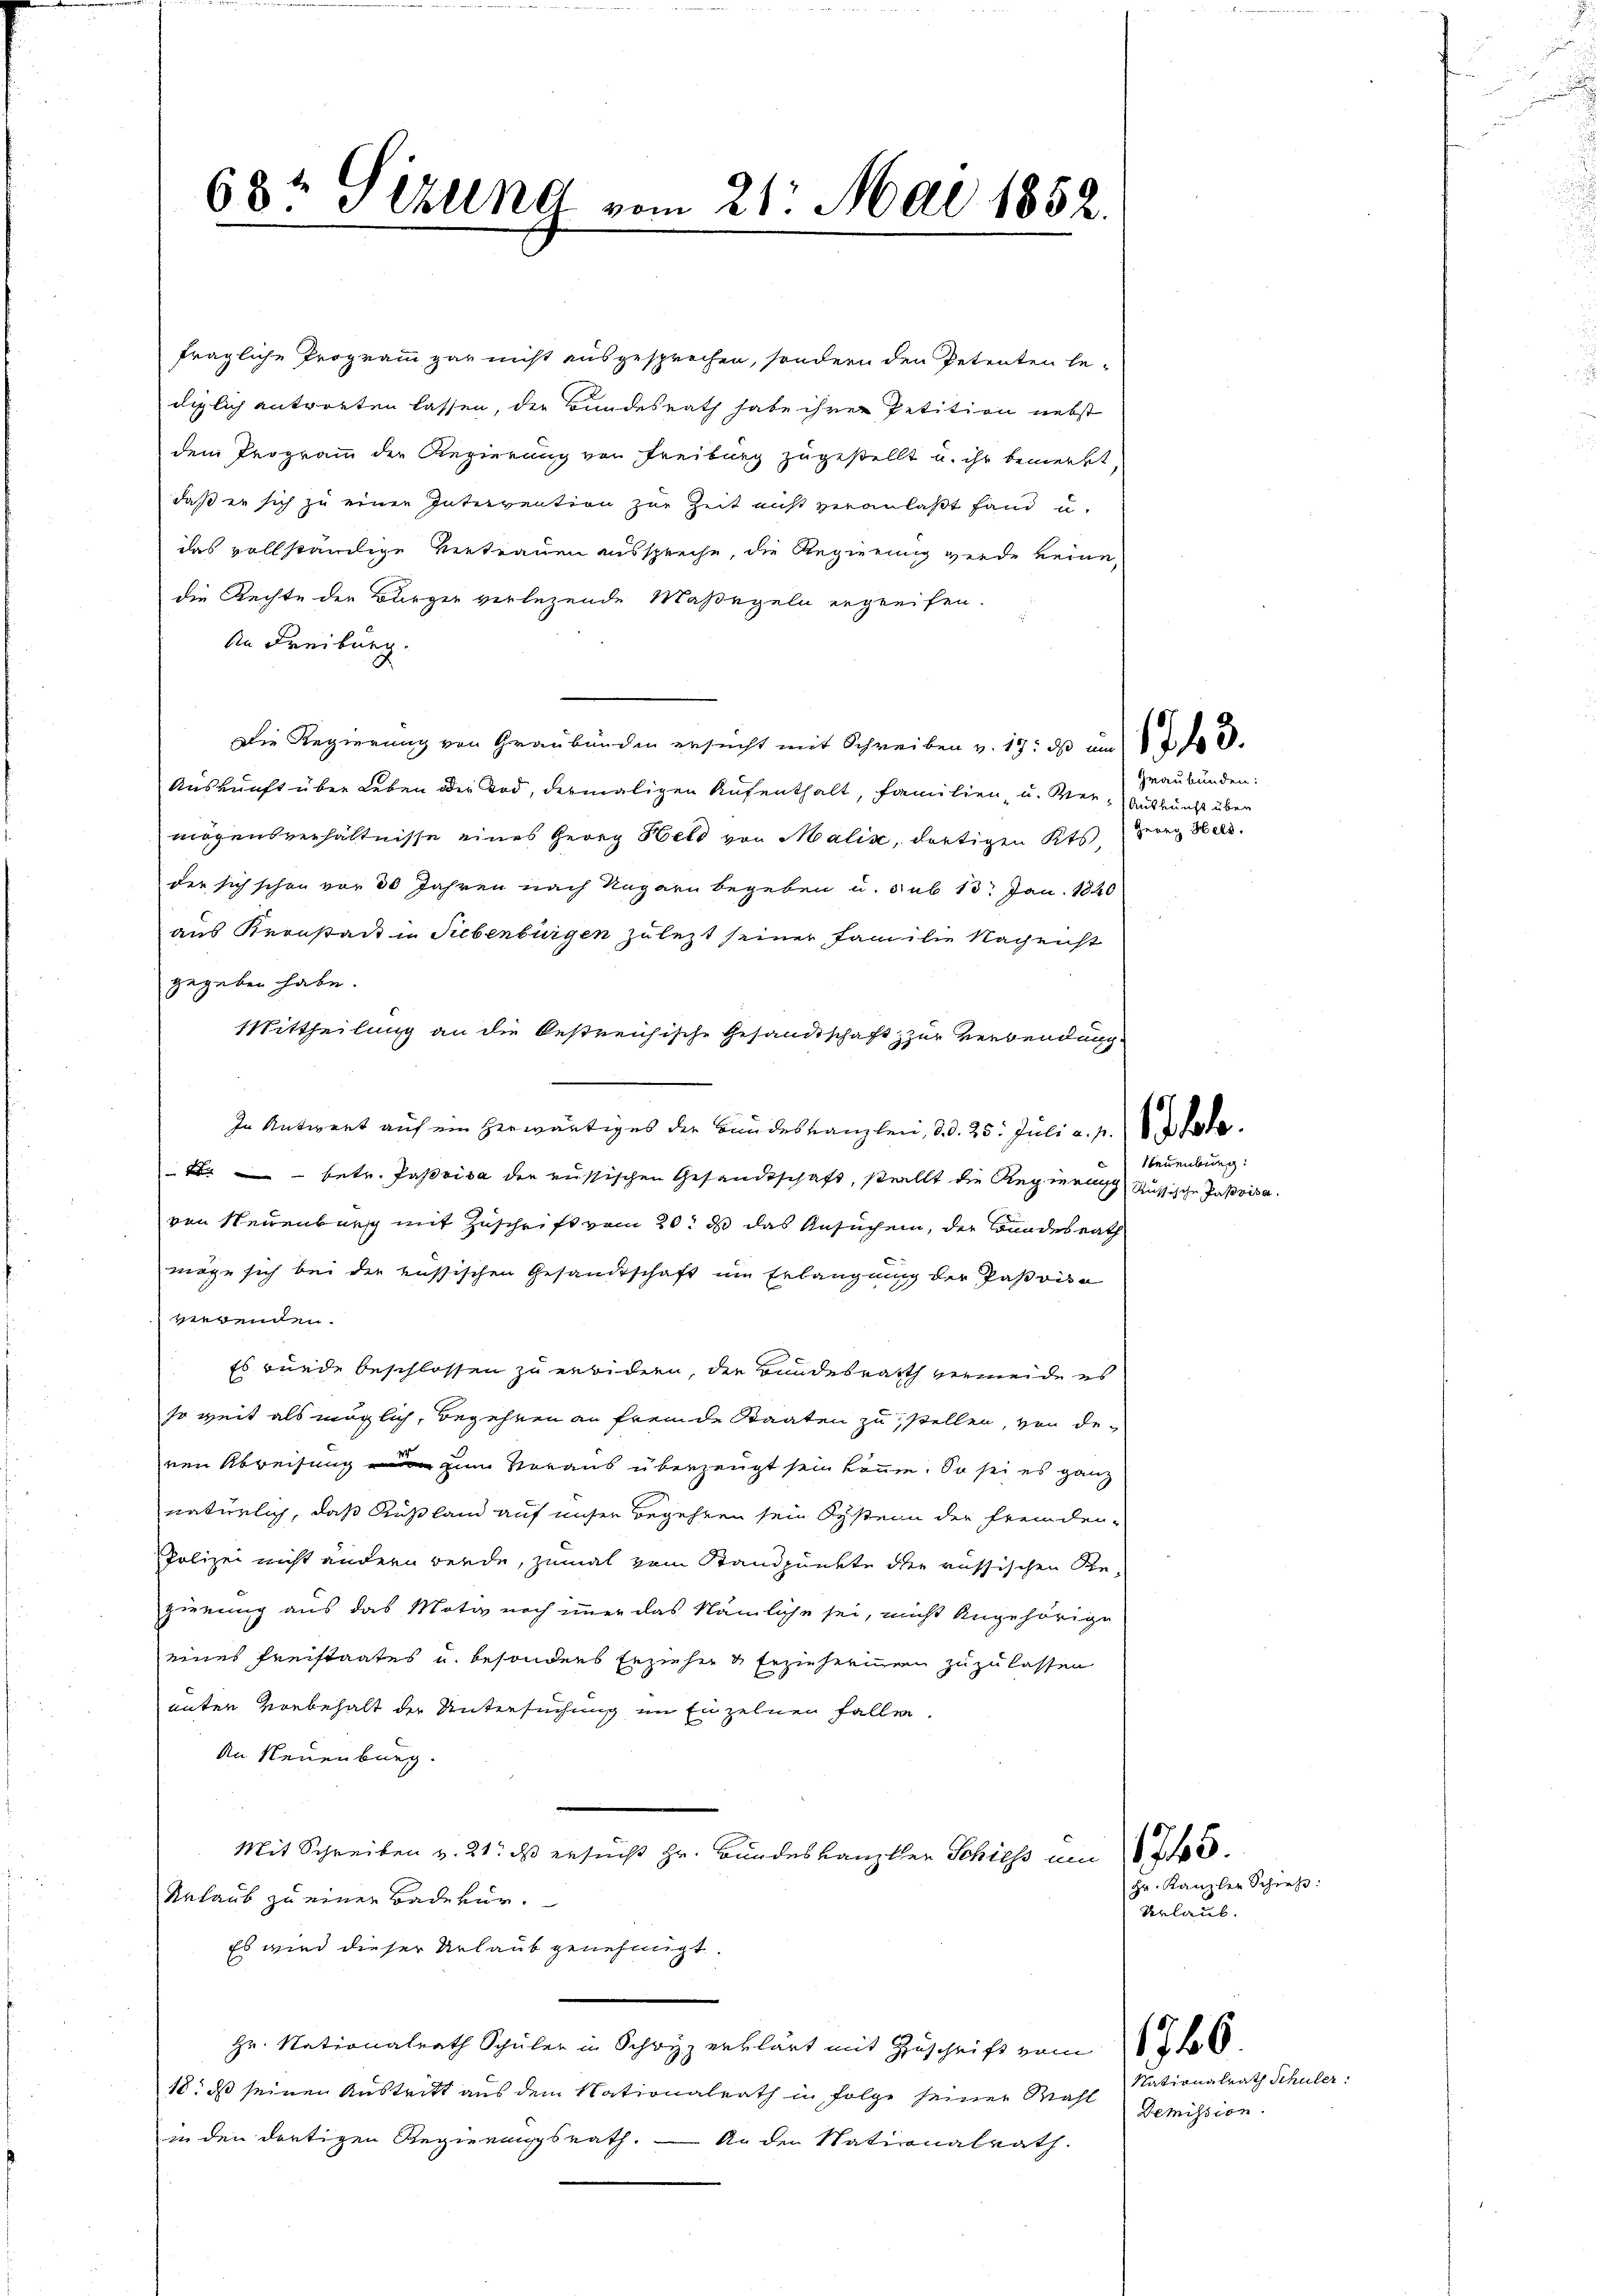
68t Sizung vom 21. Mai 1852.

fragliche Programm gar nicht ausgesprechen, sondern den Petenten bediglich antworten lassen, der Bundesrath habe ihrer Petition nebst
dem Trogramm der Regierung von Freiburg zugestellt u. ihr bemerkt
daß er sich zu einer Intervention zur Zeit nicht veranlaßt fand u.
das vollständige Vertrauen ausspreche, die Regierung werde keine,
die Rechte der Bürger verlezende Maßegeln ergreifen.
An Freiburg.
Die Regierung von Graubünden ersucht mit Schreiben v. 19. ds um
Auskunft über Leben oder Tod, dermaligen Aufenthalt, Familien- u. Wer-Auskunft über
mögensverhältnisse eines Georg Held von Malik, dortigen Kts.
der sich schon vor 30 Jahren nach Ragarn begeben u. 3 ub 13. Jan. 1820
aus Kronstadt in Siebenbürgen zulezt seiner Familie Nachricht
gegeben habe.
Mittheilung an die bestreichische Gesandtschaft zur Verwendung
In Antwort auf ein herwärtiges der Bundeskanzlei, d. d. 25. Juli a. p. 1 Pole
 betr. Jasvisa der russischen Gesandtschaft, stellt die Regiere Aussische Pasvisavon Neuenburg mit Zuschrift vom 20. ds das Ansuchen, der Bundesrath
möge sich bei der russischen Gesandtschaft im Erlangung der Pasoisa
vergenden.
Es wurde beschlossen zu erwidern, die Bundesrath vermeide es
so weit als möglich, begehren an fremde Staaten zu stellen, von deren Abreisung in zum Voraus überzeugt sein können. So sei es ganz
natürlich, daß Rußland auf unser Begehren sein Systern der fremden-
Polizei nicht ändern werde, zumal vom Standpunkte der russischen Re-
zienung aus das Motiv noch immer das Nämliche sei, nicht Angehörige
eines Freistaates u. besonders Erziehe & Erzieheringen zuzulassen
unter vorbehalt der Untersuchung im Einzelnen fallen,
An Neuenburg.
Mit Schreiben v. 21. ds ersucht Hr. Bundeskanzler Schiess um 15.
Urlaub zu einer Badevur.
Es wird dieser Urlaub genehmigt.
Hr. Nationalrath Schüler in Schwyz erklärt mit Zuschrift vom 16.
18. ds seinen Austritt aus dem Nationalrath in Folge seiner Mahl
in den dortigen Regierungsrath. — An der Nationalrath.

Graubünden:
Georg Held.

Neuenburg:

Urlaub.

Hr. Kanzler Schiehe:

Nationalrath Schuler:
Demission.